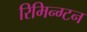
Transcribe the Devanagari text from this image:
रिमिन्ग्टन